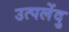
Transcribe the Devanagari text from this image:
उत्पलेंदु